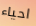
احياء